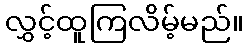
လွှင့်ထူကြလိမ့်မည်။